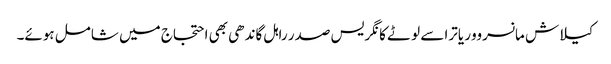
کیلاش مانسروور یاترا سے لوٹے کانگریس صدر راہل گاندھی بھی احتجاج میں شامل ہوئے۔